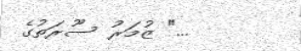
..." ޒުމަރު ސޫރަތުގެ